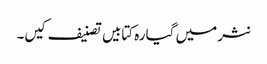
نثر میں گیارہ کتابیں تصنیف کیں۔